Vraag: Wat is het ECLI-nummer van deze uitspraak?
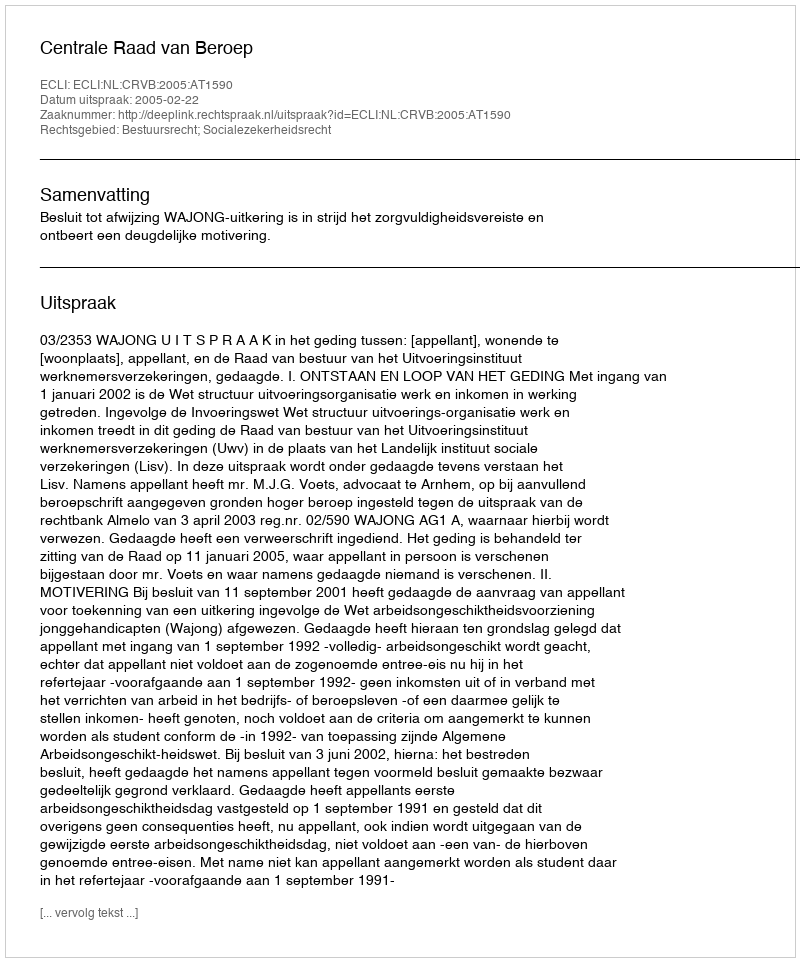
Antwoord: ECLI:NL:CRVB:2005:AT1590